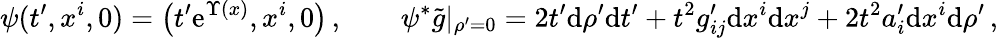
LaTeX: \psi(t^{\prime},x^{i},0)=\big(t^{\prime}\textnormal{e}^{\Upsilon(x)},x^{i},0\big)\, ,\qquad\psi^{*}\tilde{g}|_{\rho^{\prime}=0}=2t^{\prime}\textnormal{d}\rho^{\prime}\textnormal{d}t^{\prime}+t^{2}g_{ij}^{\prime}\textnormal{d}x^{i}\textnormal{d}x^{j}+2t^{2}a_{i}^{\prime}\textnormal{d}x^{i}\textnormal{d}\rho^{\prime}\, ,